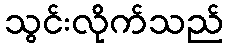
သွင်းလိုက်သည်